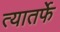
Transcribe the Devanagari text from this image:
त्यातर्फे